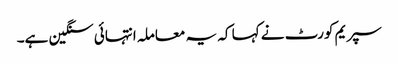
سپریم کورٹ نے کہا کہ یہ معاملہ انتہائی سنگین ہے۔